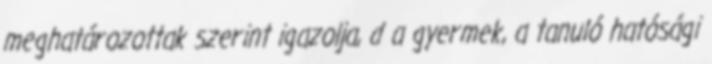
meghatározottak szerint igazolja, d a gyermek, a tanuló hatósági